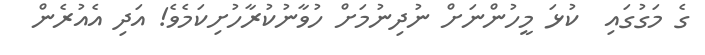
ގެ މަގުގައި  ކުޅަ މީހުންނަށް ނުދިނުމަށް ހުވާނުކުރާހުށިކަމެވެ! އަދި އެއުރެން